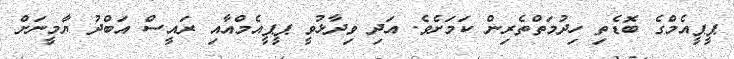
ޕީޕީއެމްގެ ބޮޑެތި ހިދުމަތްތެރިން ކަމަށެެވެ. އަދި ވިދާޅުވީ ޕީޕީއެމްއާއި ރައީސް އަބްދު ޔާމީނަށް